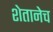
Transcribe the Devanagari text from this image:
शेतानेच